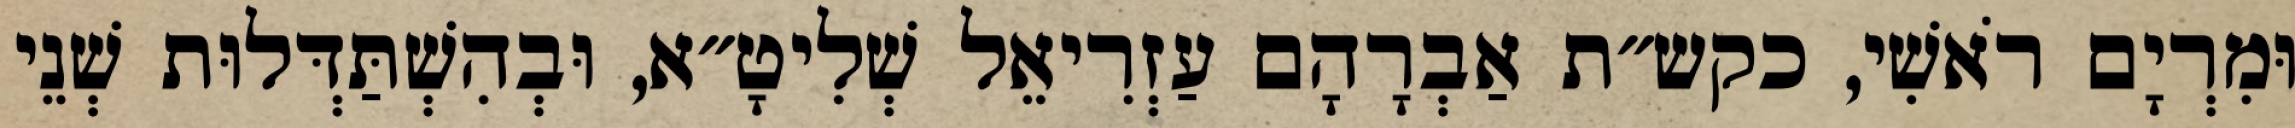
וּמִרְיָם רֹאשִׁי, כקש״ת אַבְרָהָם עַזְרִיאֵל שְׁלִיטָ״א, וּבְהִשְׁתַּדְּלוּת שְׁנֵי